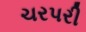
ચરપરી